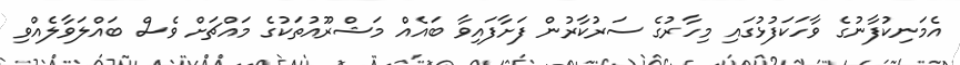
އެމަނިކުފާނުގެ ވާހަކަފުޅުގައި މިހާރުގެ ސަރުކާރުން ފަށާފައިވާ ބައެއް މަޝްރޫއުތަކުގެ މައްޗަށް ވެސް ބައްލަވާލެއްވި